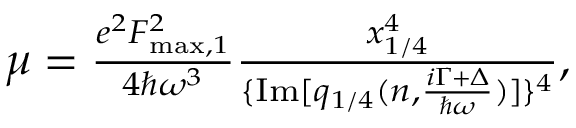
\begin{array} { r } { \mu = \frac { e ^ { 2 } F _ { \mathrm { m a x } , 1 } ^ { 2 } } { 4 \hbar \omega ^ { 3 } } \frac { x _ { 1 / 4 } ^ { 4 } } { \{ \mathrm { I m } [ q _ { 1 / 4 } ( n , \frac { i \Gamma + \Delta } { \hbar \omega } ) ] \} ^ { 4 } } , } \end{array}